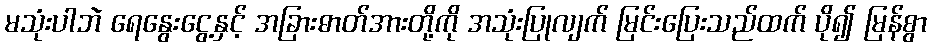
မသုံးပါဘဲ ရေနွေးငွေ့နှင့် အခြားဓာတ်အားတို့ကို အသုံးပြုလျက် မြင်းပြေးသည်ထက် ပို၍ မြန်စွာ